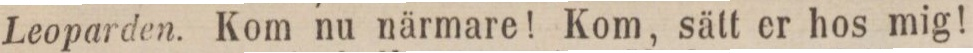
Leoparden. Kom nu närmare! Kom, sätt er hos mig!